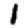
Digit: 1